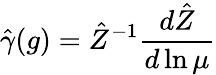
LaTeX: \hat{\gamma}(g)=\hat{Z}^{-1}{\frac{d\hat{Z}}{d\ln\mu}}